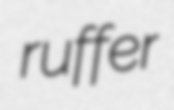
ruffer